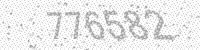
Solution: 776582